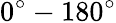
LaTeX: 0^{\circ}-180^{\circ}